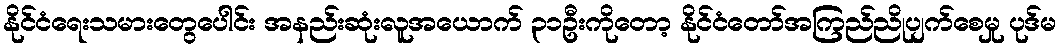
နိုင်ငံရေးသမားတွေပေါင်း အနည်းဆုံးလူအယောက် ၃၁ဦးကိုတော့ နိုင်ငံတော်အကြည်ညိုပျက်စေမှု ပုဒ်မ